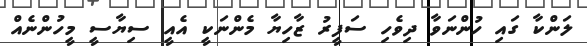
ލަންކާ ގައި ހުންނަވާ ދިވެހި ސަފީރު ޒާހިޔާ މެންނަކީ އެއީ ސިޔާސީ މީހުންނެއް